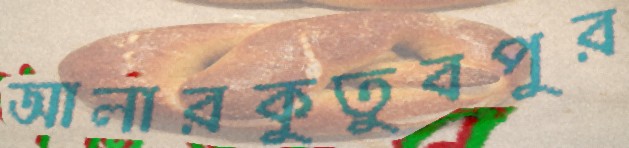
আলারকুতুবপুর